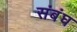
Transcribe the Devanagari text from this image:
संबंघ